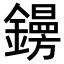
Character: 𨭜